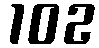
102